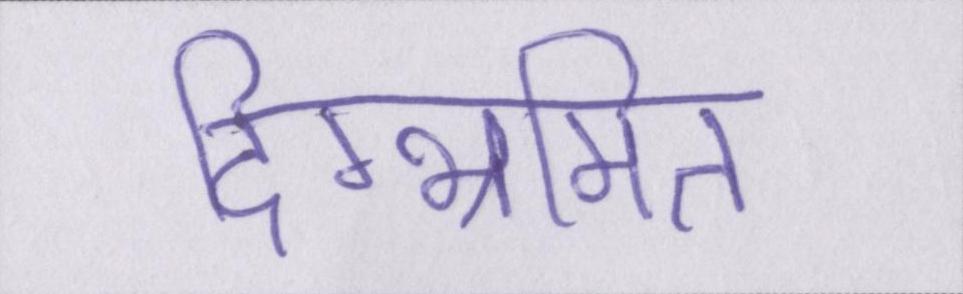
दिग्भ्रमित